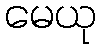
မေယု